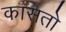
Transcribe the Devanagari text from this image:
कासतो